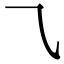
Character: ⺄